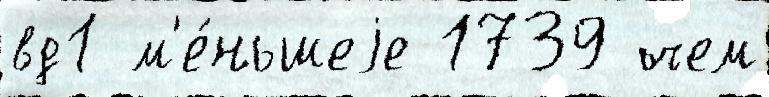
вд1 м'е́ньшеjе 1739 чем